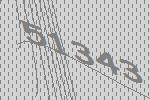
51343